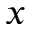
x